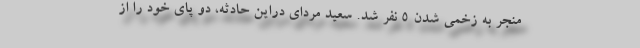
منجر به زخمی شدن 5 نفر شد. سعید مردای دراین حادثه، دو پای خود را از